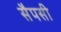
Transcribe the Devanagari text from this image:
सैपसी